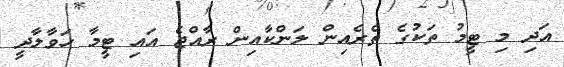
އަދި މި ޓީމު ތަކުގެ ތެރެއިން ލަންކާއިން ރާއްޖެ އައި ޓީމާ ހަވާލާދީ